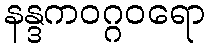
နန္ဒကဝဂ္ဂဝရော